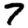
Digit: 7